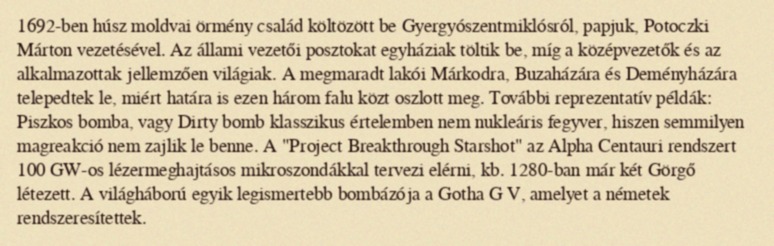
1692-ben húsz moldvai örmény család költözött be Gyergyószentmiklósról, papjuk, Potoczki Márton vezetésével. Az állami vezetői posztokat egyháziak töltik be, míg a középvezetők és az alkalmazottak jellemzően világiak. A megmaradt lakói Márkodra, Buzaházára és Deményházára telepedtek le, miért határa is ezen három falu közt oszlott meg. További reprezentatív példák: Piszkos bomba, vagy Dirty bomb klasszikus értelemben nem nukleáris fegyver, hiszen semmilyen magreakció nem zajlik le benne. A "Project Breakthrough Starshot" az Alpha Centauri rendszert 100 GW-os lézermeghajtásos mikroszondákkal tervezi elérni, kb. 1280-ban már két Görgő létezett. A világháború egyik legismertebb bombázója a Gotha G V, amelyet a németek rendszeresítettek.